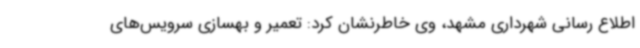
اطلاع رسانی شهرداری مشهد، وی خاطرنشان کرد: تعمیر و بهسازی سرویس‌های